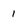
Character: 1